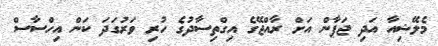
މެލޭޝިއާ އަދި ޖަޕާން އަށް ރާއްޖޭގެ އިގްތިސާދުގެ ހުރި ވަރުގަދަ ކަން އިހްސާސް